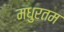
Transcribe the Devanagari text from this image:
मधुरतम